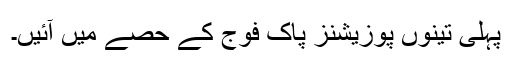
پہلی تینوں پوزیشنز پاک فوج کے حصے میں آئیں۔